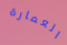
العمارة